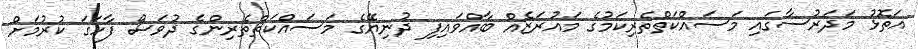
އަތޮޅު މަދަރުސާގައި މަސައްކަތްތެރިކަމުގެ މައުރަޒެއް ބާއްވައިފި ދުނިޔޭގެ މަސައްކަތްތެރިންގެ ދުވަސް ފާހަގަ ކުރުމަށް